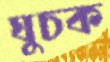
ঘুচক